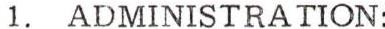
1. ADMINISTRATION